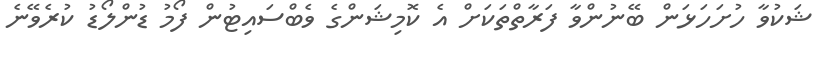
ޝަކުވާ ހުށަހަޅަން ބޭނުންވާ ފަރާތްތަކަށް އެ ކޮމިޝަންގެ ވެބްސައިޓުން ފޯމު ޑުންލޯޑު ކުރެވޭނެ